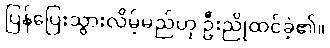
ပြန်ပြေးသွားလိမ့်မည်ဟု ဦးညိုထင်ခဲ့၏။